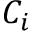
C _ { i }